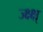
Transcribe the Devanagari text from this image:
ज्क्ष्क्ष्